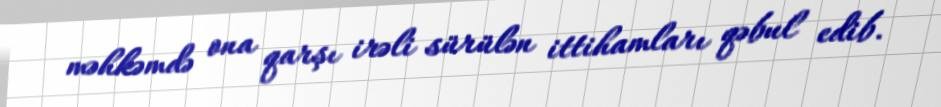
məhkəmdə ona qarşı irəli sürülən ittihamları qəbul edib.